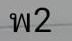
พ2